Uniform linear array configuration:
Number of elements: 48
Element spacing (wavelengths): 1
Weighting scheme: exponential
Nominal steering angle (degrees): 0
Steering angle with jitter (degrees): -1.885
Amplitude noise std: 0.05
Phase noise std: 0.05

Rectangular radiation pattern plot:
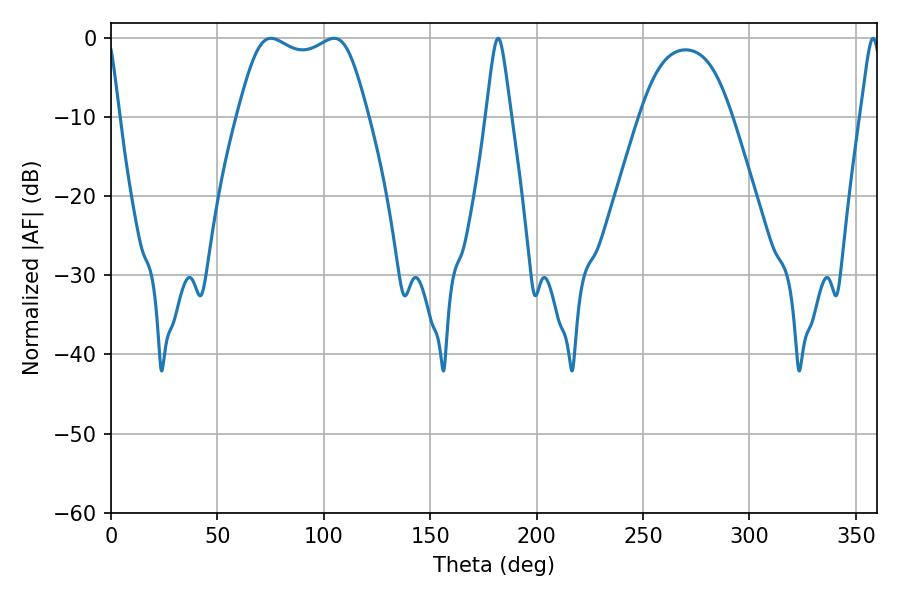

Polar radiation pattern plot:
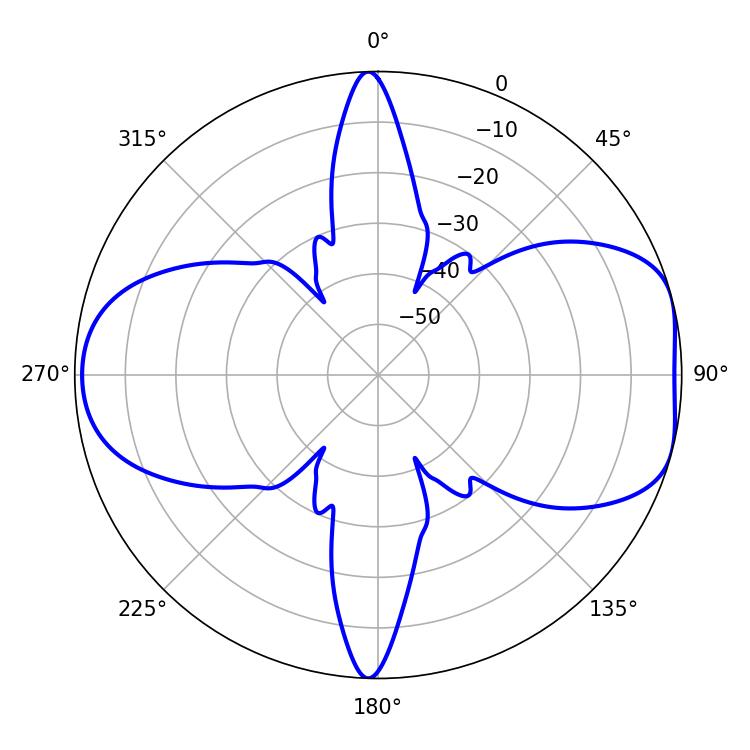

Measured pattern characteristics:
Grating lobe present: TRUE
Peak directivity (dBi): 7.28
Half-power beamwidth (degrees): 47.16
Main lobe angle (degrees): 75.24